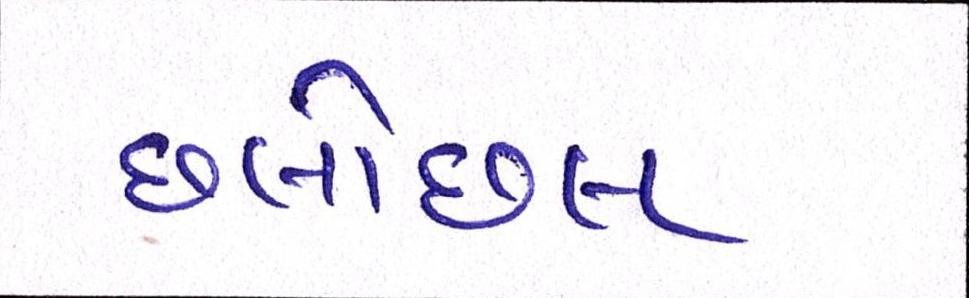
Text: છલોછલ